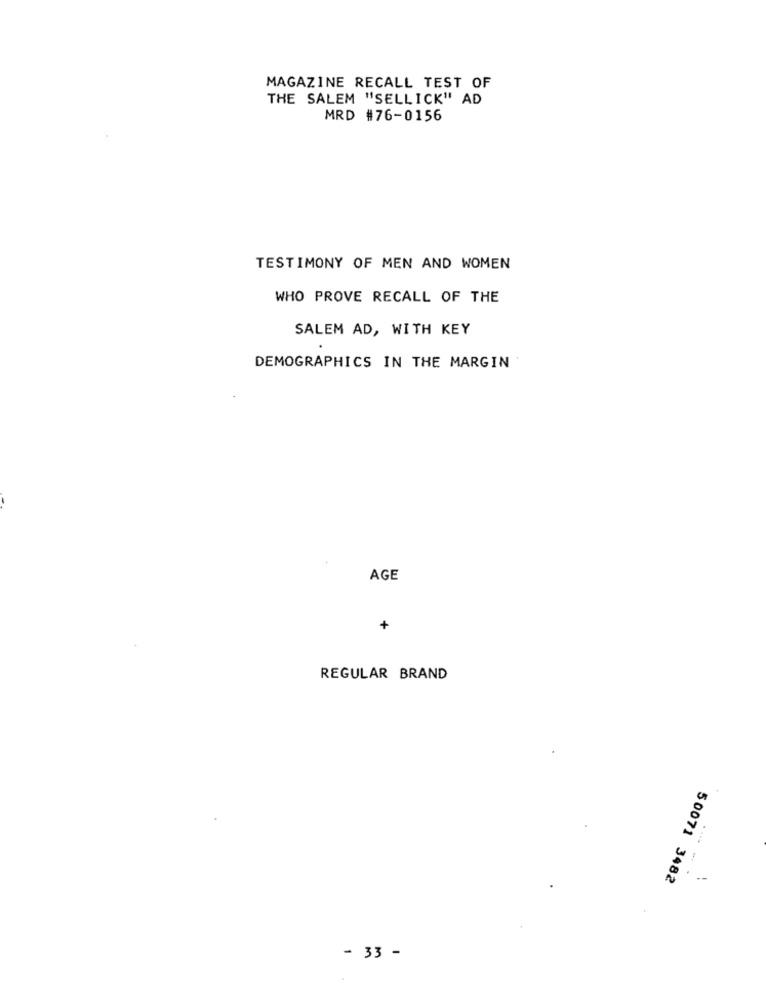
MAGAZINE RECALL TEST OF
THE SALEM "SELLICK" AD
MRD #76-0156
TESTIMONY OF MEN AND WOMEN
WHO PROVE RECALL OF THE
SALEM AD, WITH KEY
DEMOGRAPHICS IN THE MARGIN
AGE
+
REGULAR BRAND
--- -
50071 3482
- 33 -